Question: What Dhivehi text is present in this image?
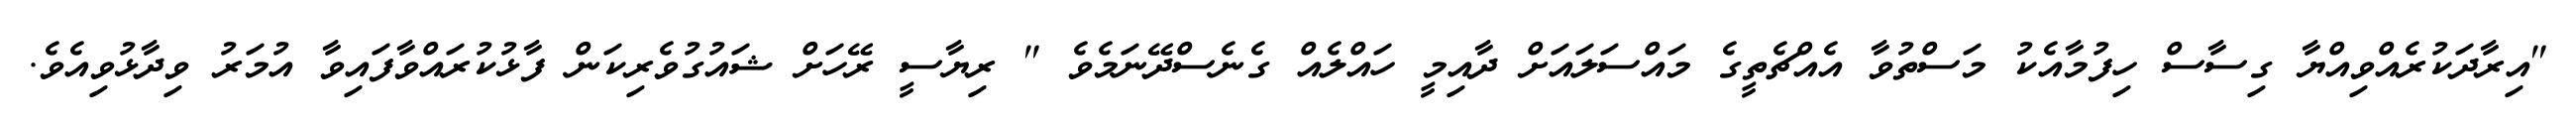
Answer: "އިރާދަކުރެއްވިއްޔާ ގިސާސް ހިފުމާއެކު މަސްތުވާ އެއްޗެތީގެ މައްސަލައަށް ދާއިމީ ހައްލެއް ގެނެސްދޭނަމެވެ " ރިޔާސީ ރޭހަށް ޝައުގުވެރިކަން ފާޅުކުރައްވާފައިވާ އުމަރު ވިދާޅުވިއެވެ.